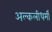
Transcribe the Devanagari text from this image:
अल्कलीधर्मी